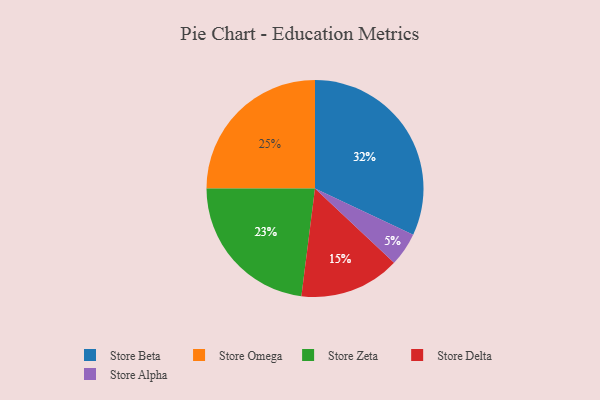
{"axis": {"x": "Category", "y": "Percentage"}, "legend": ["Store Alpha", "Store Beta", "Store Delta", "Store Omega", "Store Zeta"], "data": [{"x": "Store Omega", "y": 25, "type": "Store Omega"}, {"x": "Store Beta", "y": 32, "type": "Store Beta"}, {"x": "Store Alpha", "y": 5, "type": "Store Alpha"}, {"x": "Store Zeta", "y": 23, "type": "Store Zeta"}, {"x": "Store Delta", "y": 15, "type": "Store Delta"}]}